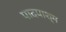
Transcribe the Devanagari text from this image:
पादपाश्म